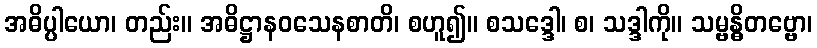
အဓိပ္ပါယော၊ တည်း။ အဓိဋ္ဌာနဝသေနစာတိ၊ စဟူ၍။ စသဒ္ဒေါ၊ စ၊ သဒ္ဒါကို။ သမ္ဗန္ဓိတဗ္ဗော၊